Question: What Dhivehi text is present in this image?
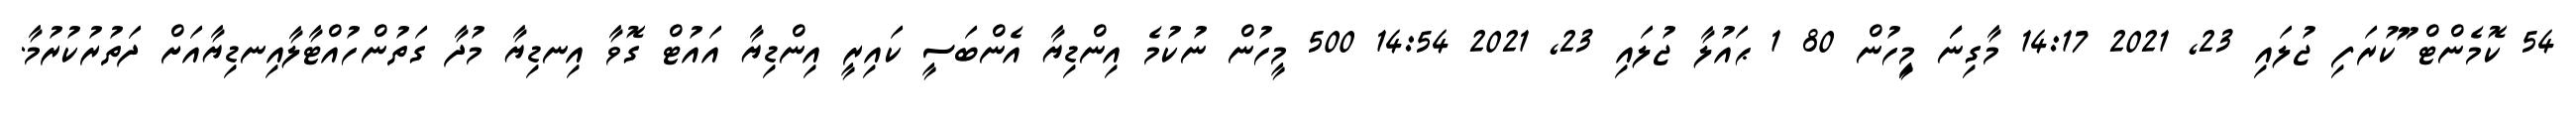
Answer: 54 ކޮމެންޓް ޫުކުރަފި ޖުލައި 23, 2021 14:17 މާގިނަަަ މިިީހުން 80 1 ޙައުލާ ޖުލައި 23, 2021 14:54 500 މީހުން ނުކުމެ އިންޑިޔާ އެންބަސީ ކައިރީ އިންޑިޔާ އައުޓް ގޮވާ އިނޑިޔާ މުދާ ގަތުންހުއްޓާލާއިނޑިޔާއަށް ދަތުރުކުރުމާ.